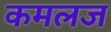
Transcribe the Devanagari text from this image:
कमलज